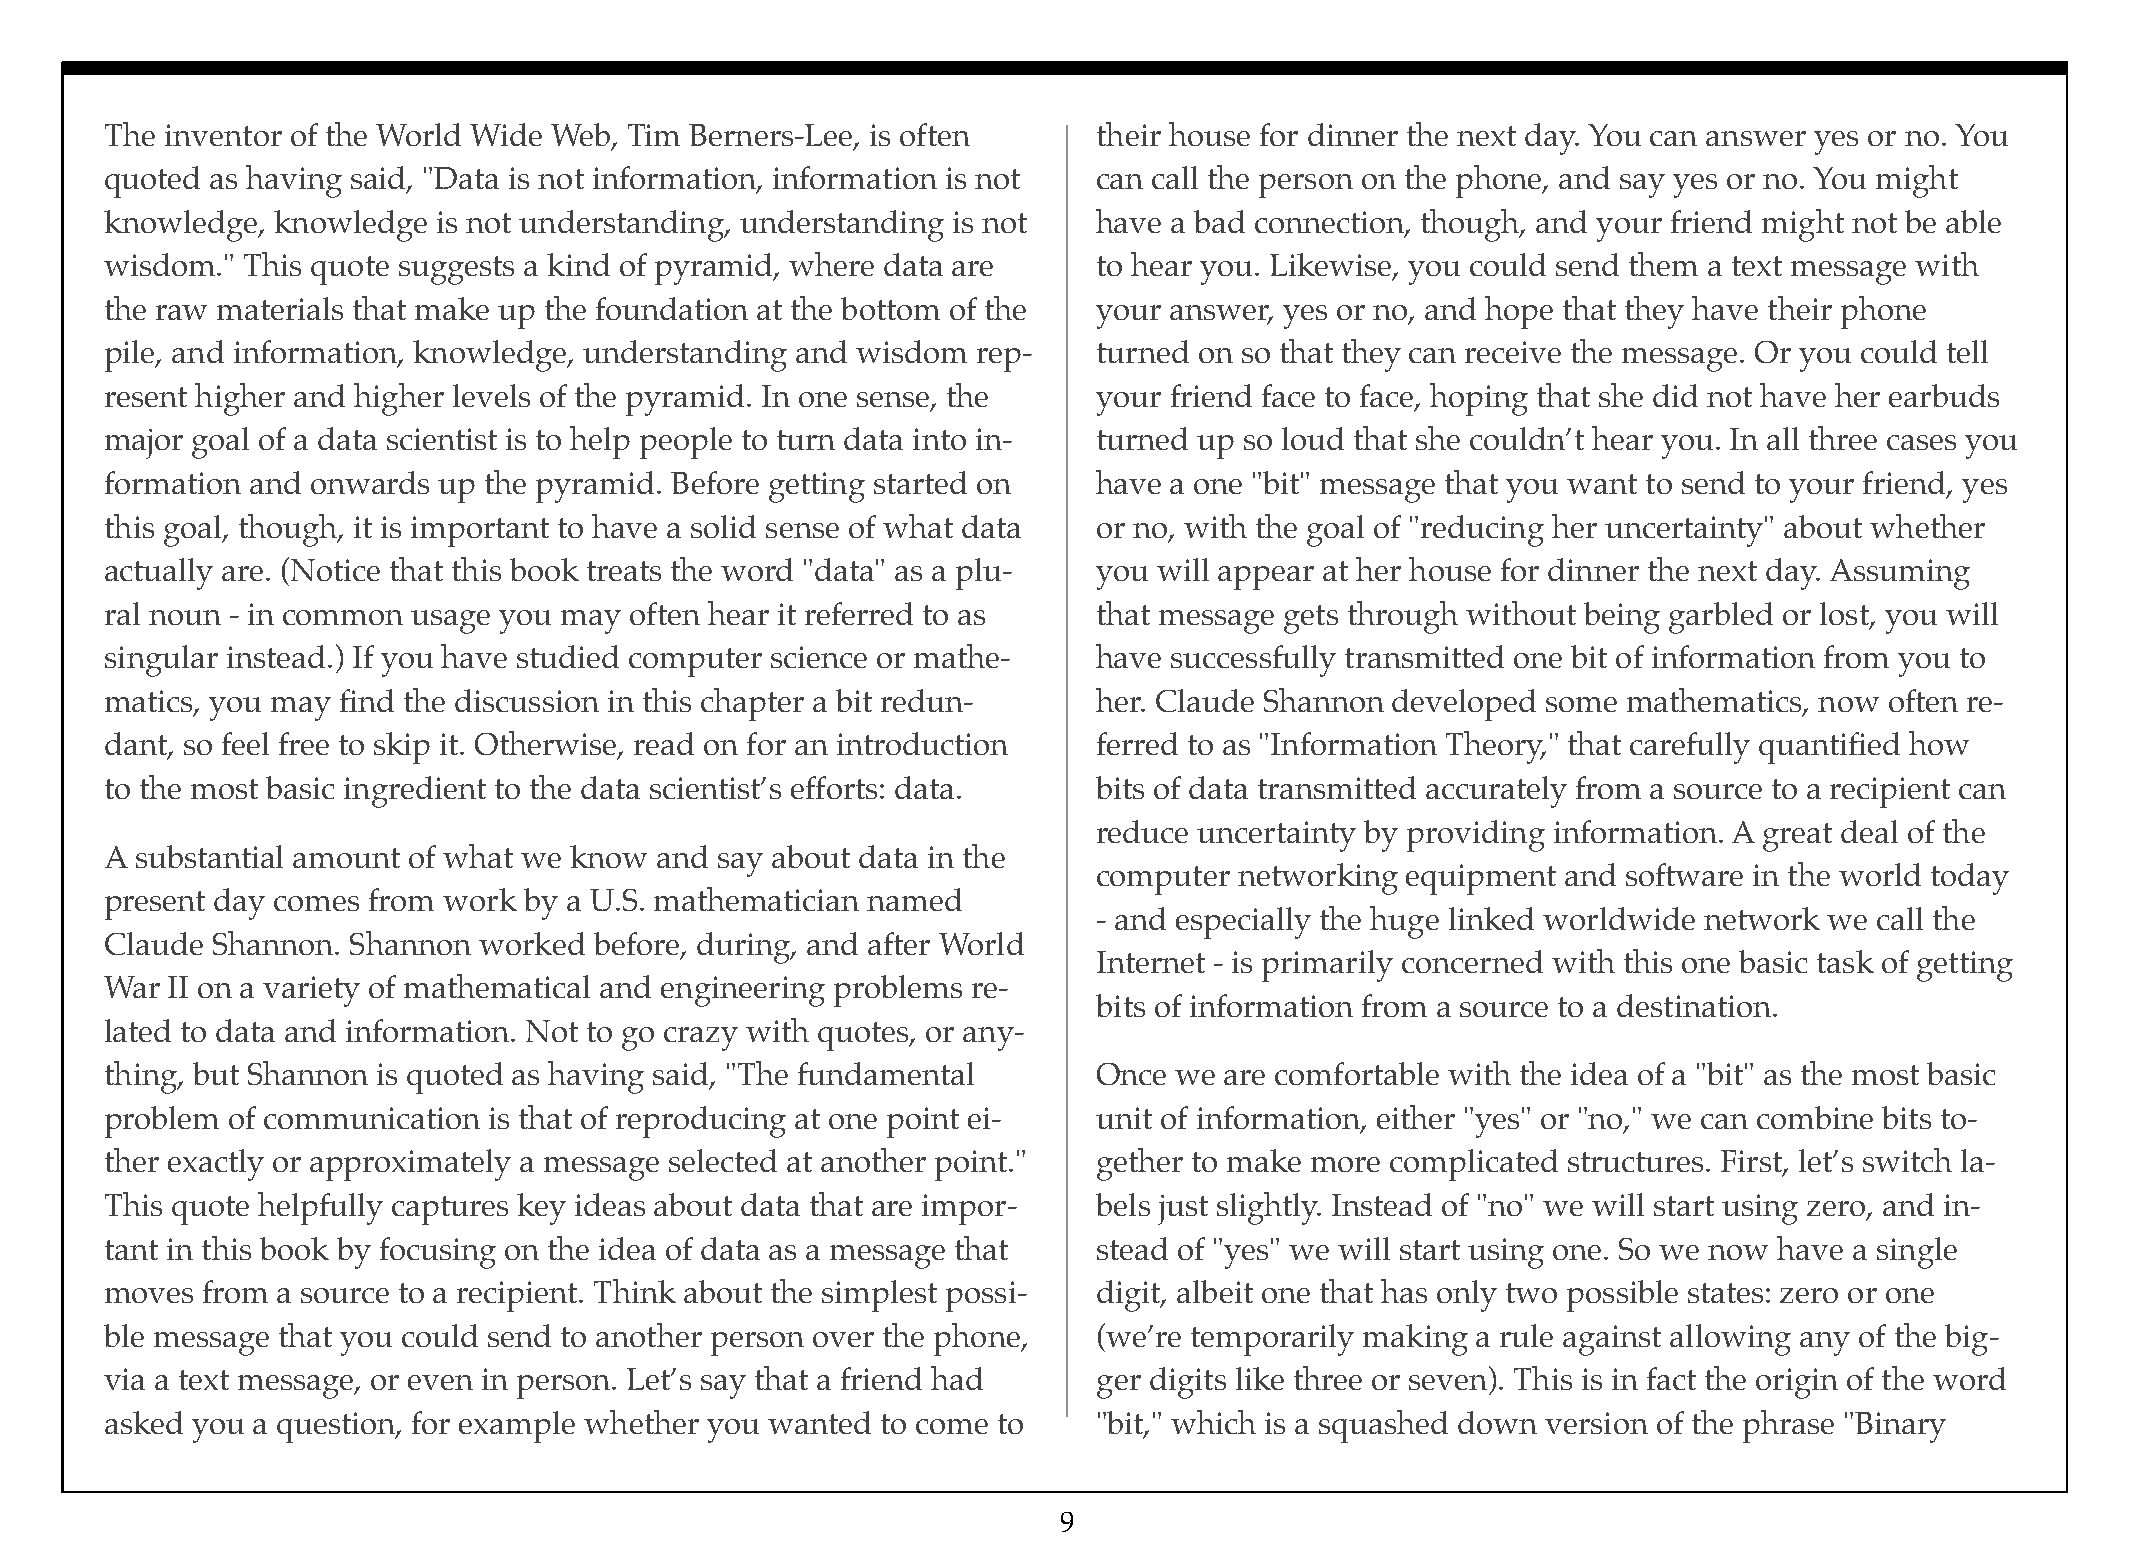
The inventor of the World Wide Web, Tim Berners-Lee, is often     their house for dinner the next day. You can answer yes or no. You
 quoted as having said, "Data is not information, information is not can call the person on the phone, and say yes or no. You might
 knowledge, knowledge  is not understanding, understanding is not  have a bad connection, though, and your friend might not be able
 wisdom." This quote suggests a kind of pyramid, where data are    to hear you. Likewise, you could send them a text message with
 the raw materials that make up the foundation at the bottom of the your answer, yes or no, and hope that they have their phone
 pile, and information, knowledge, understanding and wisdom rep-   turned on so that they can receive the message. Or you could tell
 resent higher and higher levels of the pyramid. In one sense, the your friend face to face, hoping that she did not have her earbuds
 major goal of a data scientist is to help people to turn data into in- turned up so loud that she couldn’t hear you. In all three cases you
 formation and onwards up the pyramid. Before getting started on   have a one "bit" message that you want to send to your friend, yes
 this goal, though, it is important to have a solid sense of what data or no, with the goal of "reducing her uncertainty" about whether
 actually are. (Notice that this book treats the word "data" as a plu- you will appear at her house for dinner the next day. Assuming
 ral noun - in common usage you may often hear it referred to as   that message gets through without being garbled or lost, you will
 singular instead.) If you have studied computer science or mathe- have successfully transmitted one bit of information from you to
 matics, you may find the discussion in this chapter a bit redun-  her. Claude Shannon developed some mathematics, now often re-
 dant, so feel free to skip it. Otherwise, read on for an introduction ferred to as "Information Theory," that carefully quantified how
 to the most basic ingredient to the data scientist’s efforts: data. bits of data transmitted accurately from a source to a recipient can
 reduce uncertainty by providing information. A great deal of the
 A substantial amount of what we know and say about data in the
 computer networking equipment  and software in the world today
 present day comes from work by a U.S. mathematician named
 - and especially the huge linked worldwide network we call the
 Claude Shannon. Shannon  worked before, during, and after World
 Internet - is primarily concerned with this one basic task of getting
 War II on a variety of mathematical and engineering problems re-
 bits of information from a source to a destination.
 lated to data and information. Not to go crazy with quotes, or any-
 thing, but Shannon is quoted as having said, "The fundamental     Once we are comfortable with the idea of a "bit" as the most basic
 problem of communication is that of reproducing at one point ei-  unit of information, either "yes" or "no," we can combine bits to-
 ther exactly or approximately a message selected at another point." gether to make more complicated structures. First, let’s switch la-
 This quote helpfully captures key ideas about data that are impor- bels just slightly. Instead of "no" we will start using zero, and in-
 tant in this book by focusing on the idea of data as a message that stead of "yes" we will start using one. So we now have a single
 moves from a source to a recipient. Think about the simplest possi- digit, albeit one that has only two possible states: zero or one
 ble message that you could send to another person over the phone, (we’re temporarily making a rule against allowing any of the big-
 via a text message, or even in person. Let’s say that a friend had ger digits like three or seven). This is in fact the origin of the word
 asked you a question, for example whether you wanted to come to   "bit," which is a squashed down version of the phrase "Binary
 9